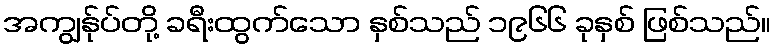
အကျွန်ုပ်တို့ ခရီးထွက်သော နှစ်သည် ၁၉၆၆ ခုနှစ် ဖြစ်သည်။